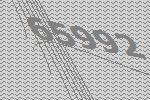
65992